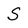
Character: S